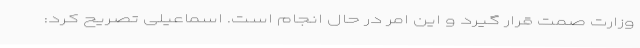
وزارت صمت قرار گیرد و این امر در حال انجام است. اسماعیلی تصریح کرد: